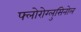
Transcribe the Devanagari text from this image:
फ्लोरोग्लुसिनोल